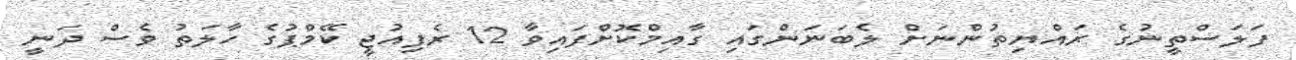
ފަލަސްތީނުގެ ރައްޔިތުންނަށް ލެބަނަންގައި ގާއިމްކޮށްފައިވާ 12 ރެފިއުޖީ ކޭމްޕުގެ ހާލަތު ވެސް ދަނީ